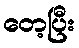
တေ့ပြီး